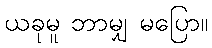
ယခုမူ ဘာမျှ မပြော။